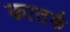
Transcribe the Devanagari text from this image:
कातर्क